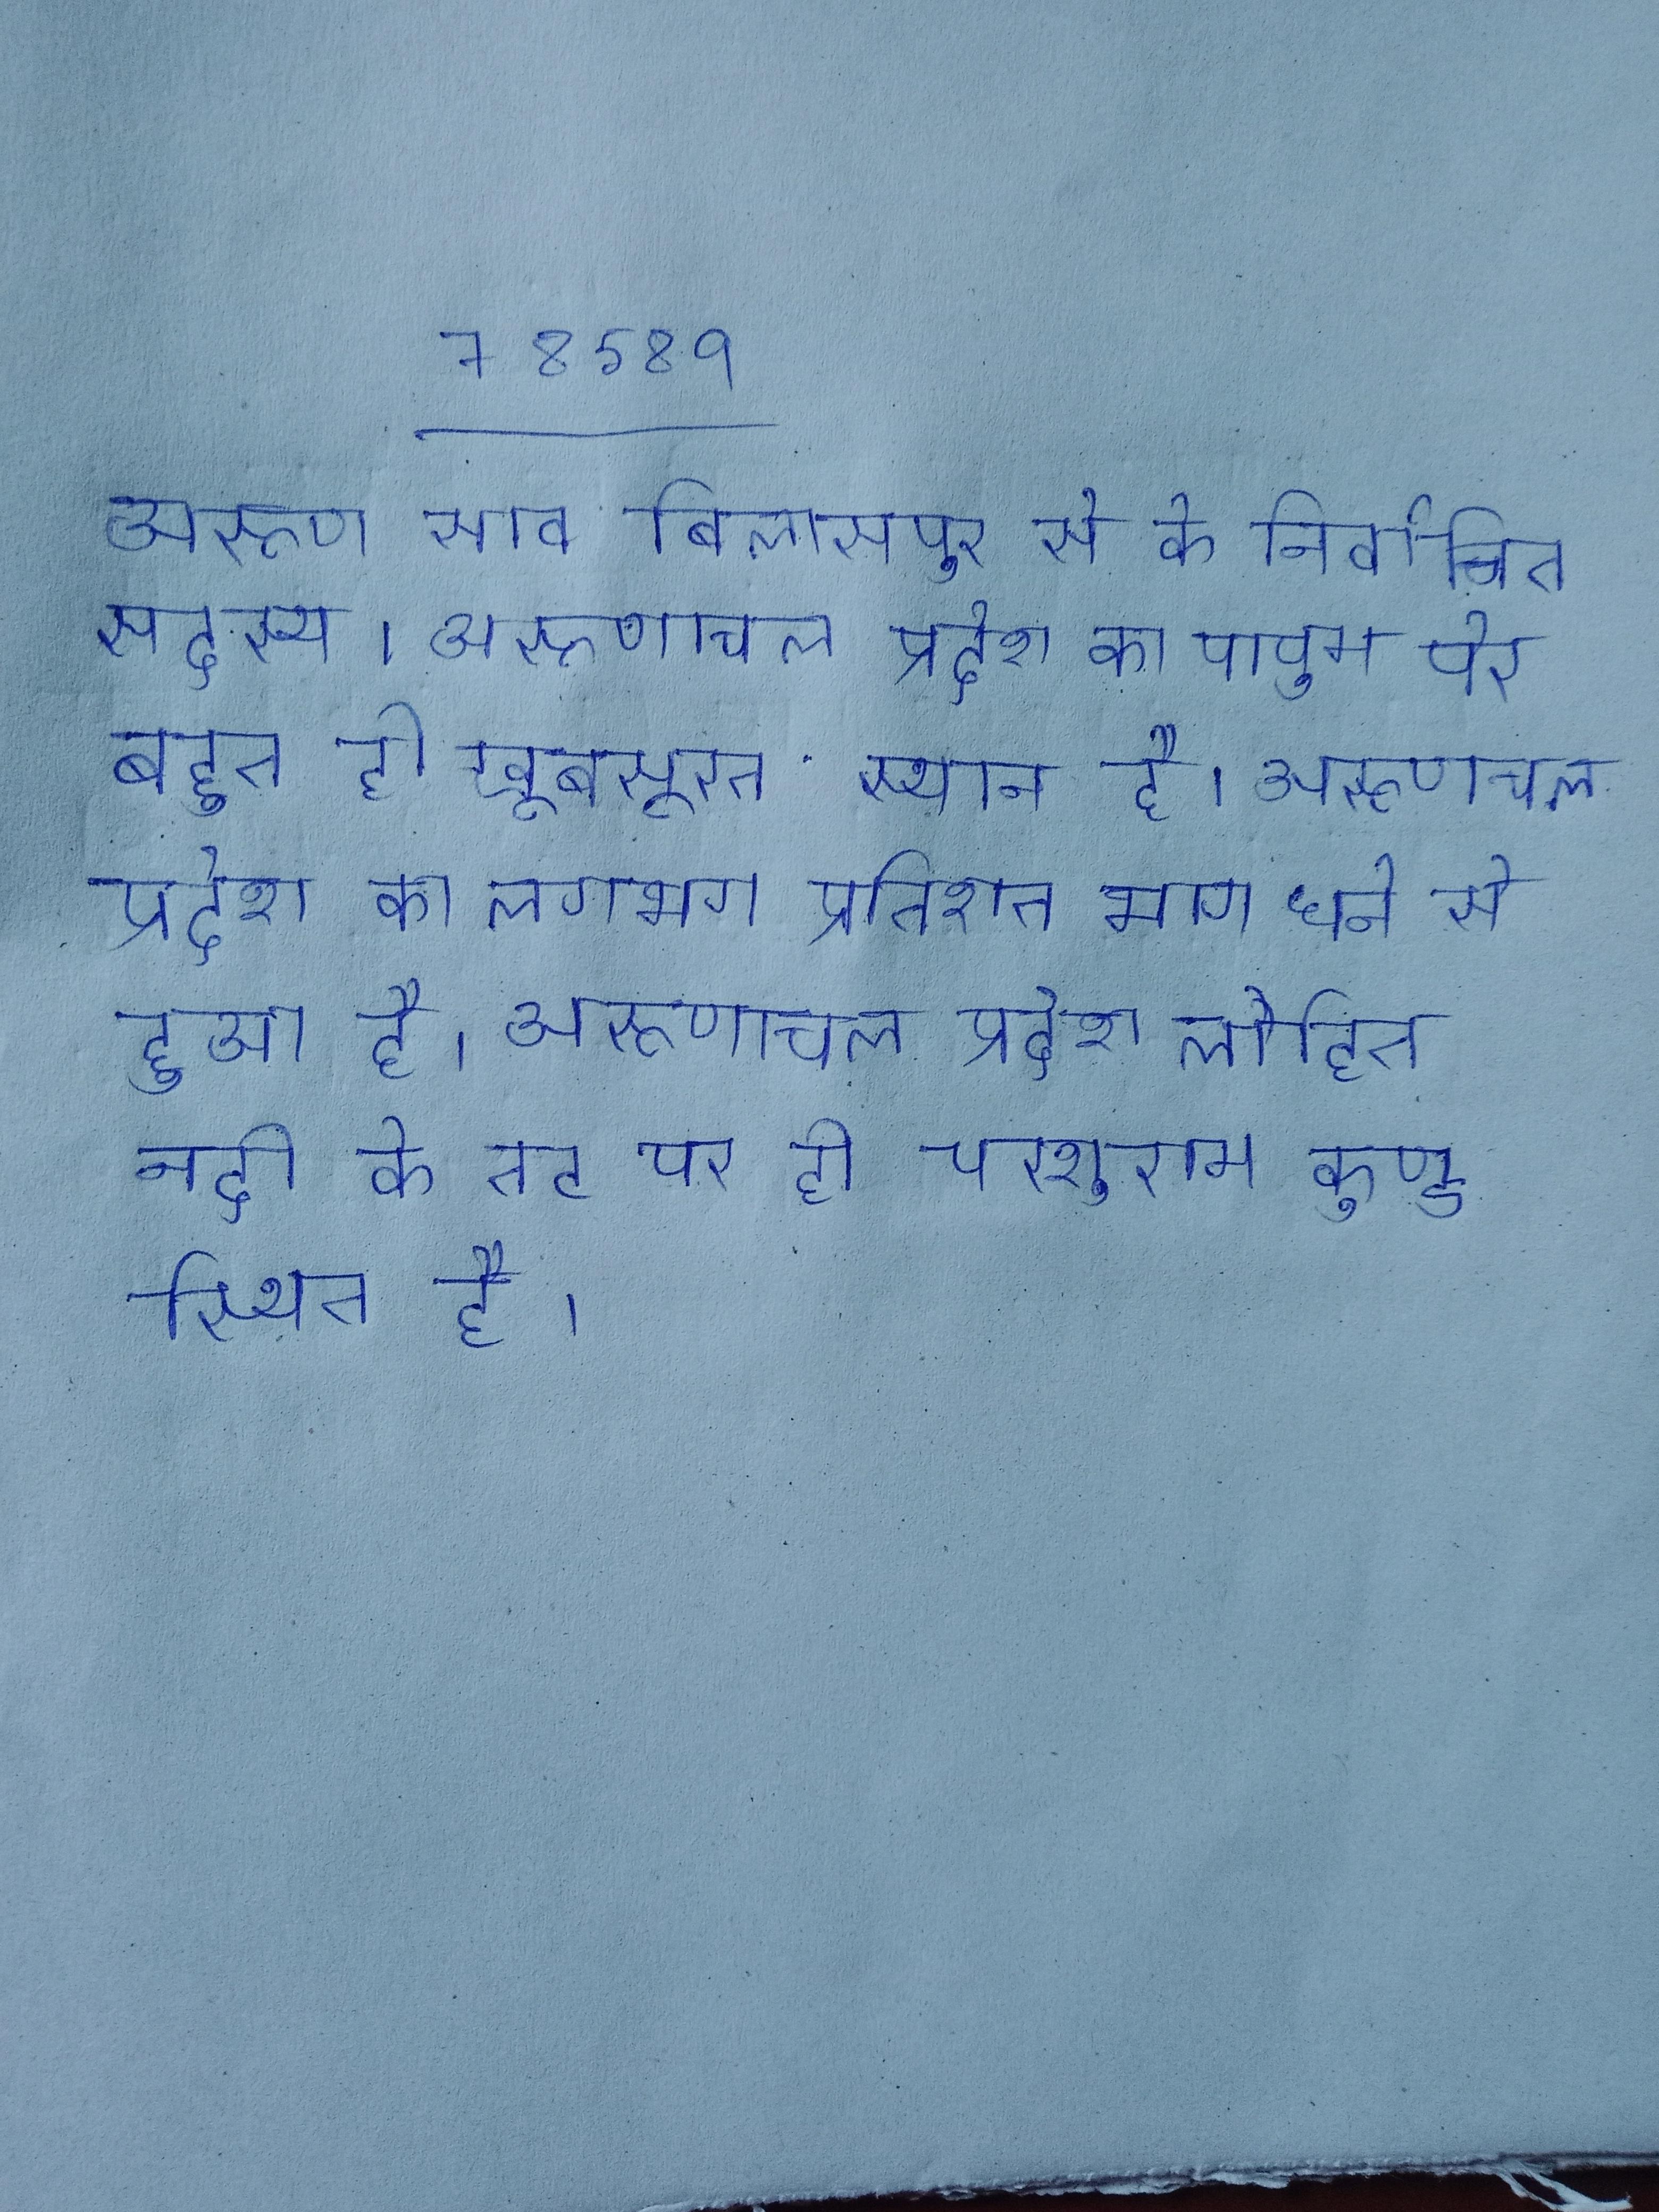
अरूण साव बिलासपुर से के निर्वाचित सदस्य । अरूणाचल प्रदेश का पापुम पेर बहुत ही खूबसूरत स्थान है । अरूणाचल प्रदेश का लगभग प्रतिशत भाग घने से हुआ है । अरूणाचल प्रदेश लोहित नदी के तट पर ही परशुराम कुण्ड स्थित है ।